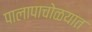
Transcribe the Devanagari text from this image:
पालापाचोळयात